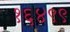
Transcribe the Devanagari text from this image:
१६४९९